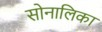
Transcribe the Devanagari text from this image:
सोनालिका